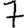
Digit: 7